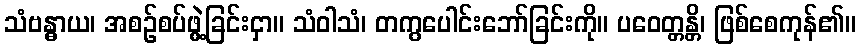
သံဗန္ဓာယ၊ အစဉ်စပ်ဖွဲ့ခြင်းငှာ။ သံဝါသံ၊ တကွပေါင်းဘော်ခြင်းကို။ ပဝေတ္တန္တိ၊ ဖြစ်စေကုန်၏။